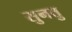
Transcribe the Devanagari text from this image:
सुनत्तु